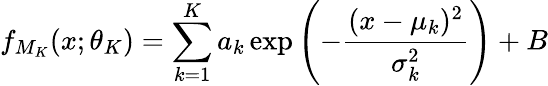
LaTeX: f_{M_{K}}(x;\theta_{K})=\sum_{k=1}^{K}a_{k}\exp\left(-\frac{(x-\mu_{k})^{2}}{\sigma_{k}^{2}}\right)+B